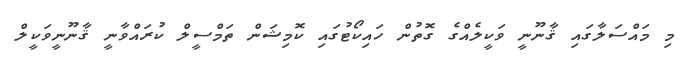
މި މައްސަލާގައި ޤާނޫނީ ވަކީލެއްގެ ގޮތުން ހައިކޯޓުގައި ކޮމިޝަން ތަމްސީލް ކުރައްވާނީ ޤާނޫނީވަކީލް